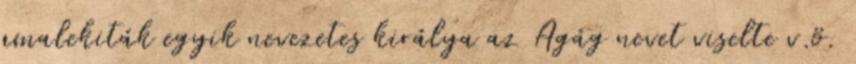
amalekiták egyik nevezetes királya az Agág nevet viselte v.ö.